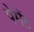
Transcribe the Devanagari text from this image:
पेमैंट